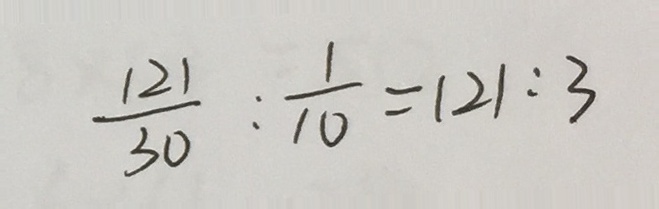
\frac { 1 2 1 } { 3 0 } : \frac { 1 } { 1 0 } = 1 2 1 : 3